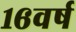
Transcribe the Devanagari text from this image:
१६वर्ष